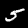
Label: 5